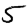
Digit: 5